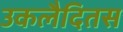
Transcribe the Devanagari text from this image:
उकलैदितस